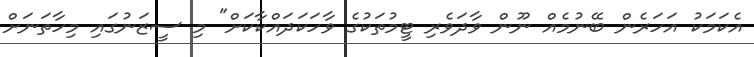
އެކަމަކު އަހަރެން ބޭނުމެއް ނޫން ވާދަވެރި ޓީމުތަކުގެ ވާހަކަދައްކާކަށް" މި ސީޒަނުގައި މިހާތަނަށް